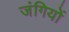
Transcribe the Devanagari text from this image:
जंगियों